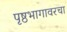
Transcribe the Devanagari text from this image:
पृष्ठभागावरचा